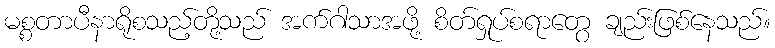
မစ္စတာပီနာရိုစသည့်တို့သည် အက်ဂါသာအဖို့ စိတ်ရှုပ်စရာတွေ ချည်းဖြစ်နေသည်။